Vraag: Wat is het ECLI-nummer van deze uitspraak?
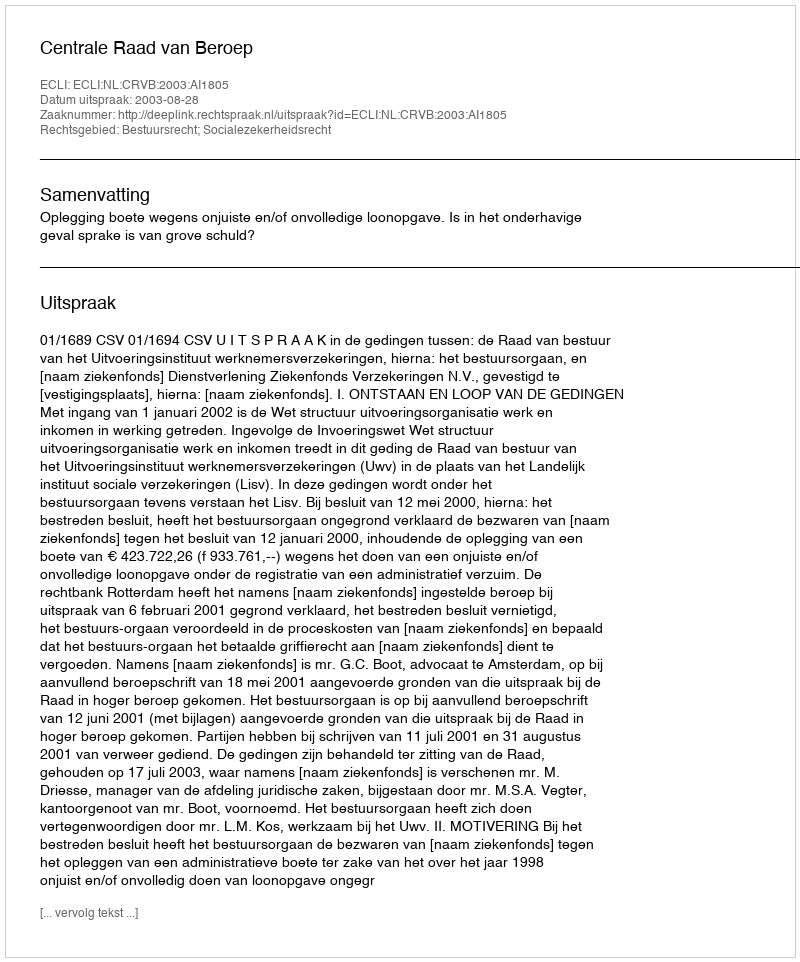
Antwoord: ECLI:NL:CRVB:2003:AI1805